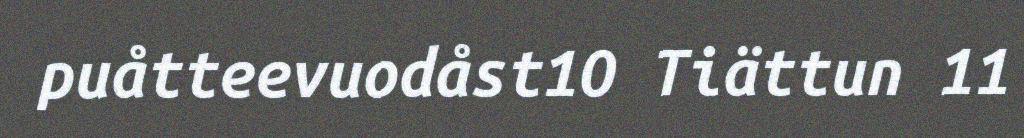
puåtteevuodåst1O Tiättun 11